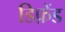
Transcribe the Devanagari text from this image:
डिफ़ेंड